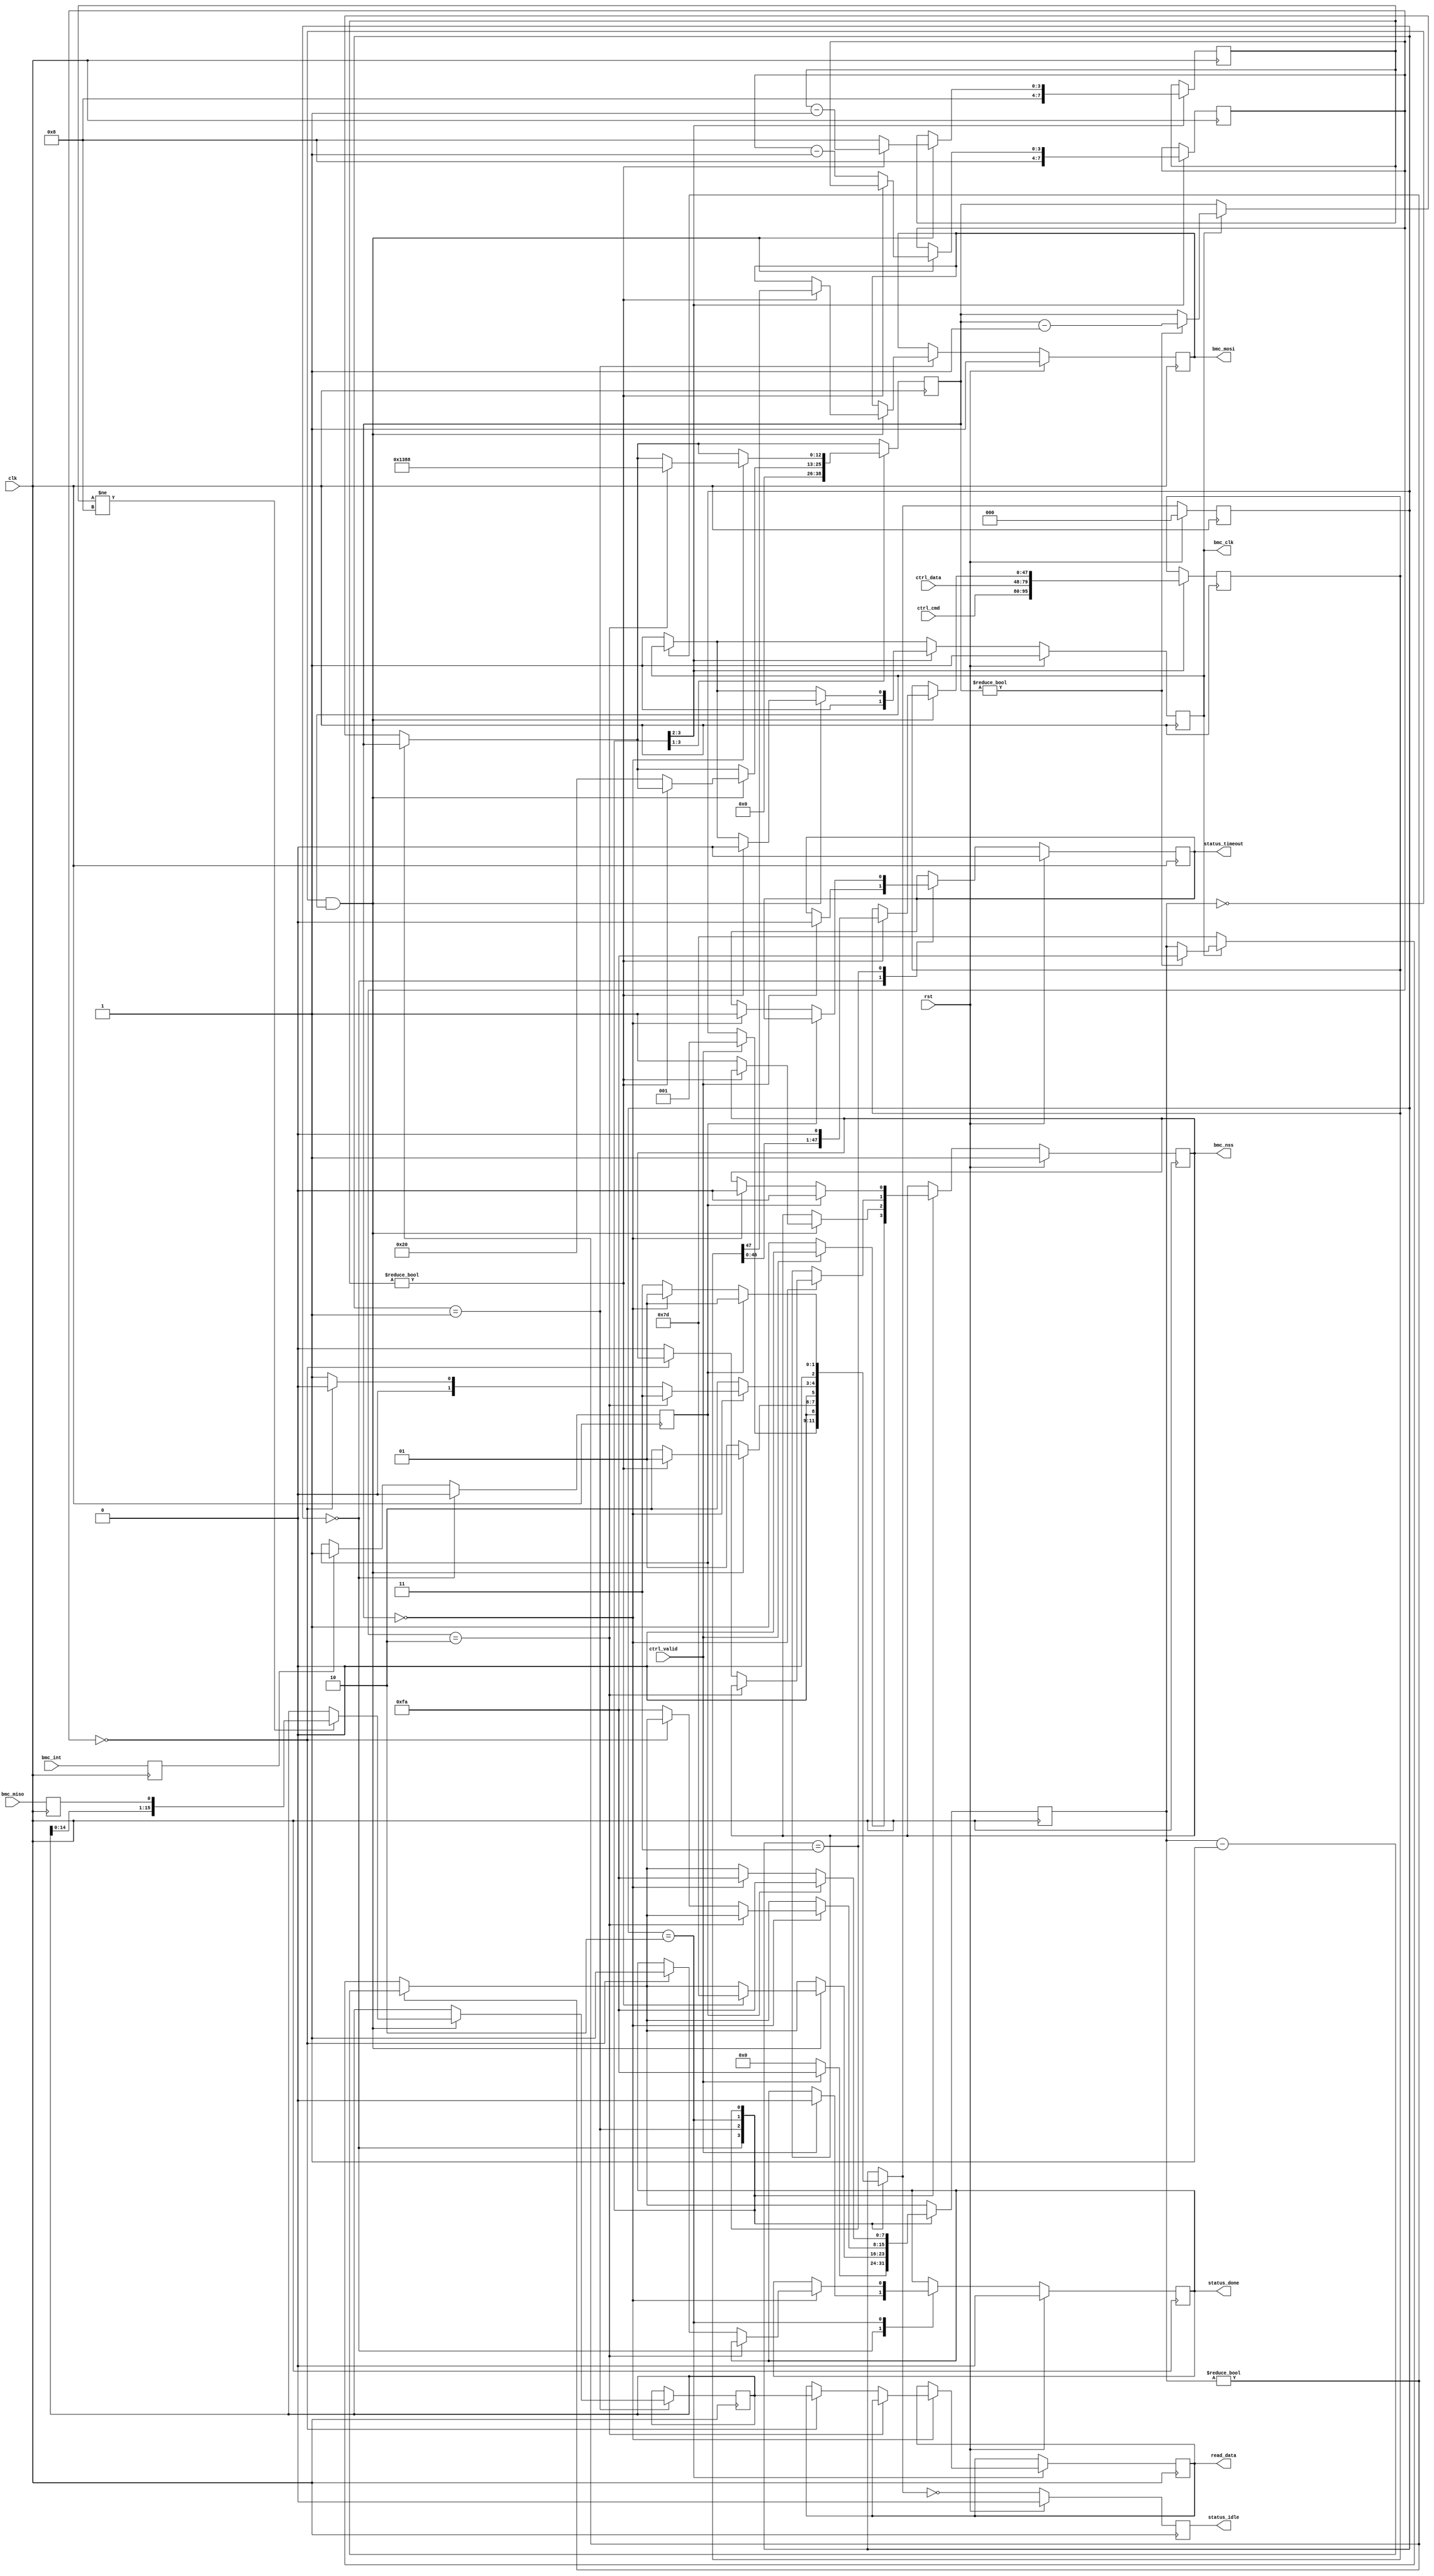
/*

Copyright 2021, The Regents of the University of California.
All rights reserved.

Redistribution and use in source and binary forms, with or without
modification, are permitted provided that the following conditions are met:

   1. Redistributions of source code must retain the above copyright notice,
      this list of conditions and the following disclaimer.

   2. Redistributions in binary form must reproduce the above copyright notice,
      this list of conditions and the following disclaimer in the documentation
      and/or other materials provided with the distribution.

THIS SOFTWARE IS PROVIDED BY THE REGENTS OF THE UNIVERSITY OF CALIFORNIA ''AS
IS'' AND ANY EXPRESS OR IMPLIED WARRANTIES, INCLUDING, BUT NOT LIMITED TO, THE
IMPLIED WARRANTIES OF MERCHANTABILITY AND FITNESS FOR A PARTICULAR PURPOSE ARE
DISCLAIMED. IN NO EVENT SHALL THE REGENTS OF THE UNIVERSITY OF CALIFORNIA OR
CONTRIBUTORS BE LIABLE FOR ANY DIRECT, INDIRECT, INCIDENTAL, SPECIAL,
EXEMPLARY, OR CONSEQUENTIAL DAMAGES (INCLUDING, BUT NOT LIMITED TO, PROCUREMENT
OF SUBSTITUTE GOODS OR SERVICES; LOSS OF USE, DATA, OR PROFITS; OR BUSINESS
INTERRUPTION) HOWEVER CAUSED AND ON ANY THEORY OF LIABILITY, WHETHER IN
CONTRACT, STRICT LIABILITY, OR TORT (INCLUDING NEGLIGENCE OR OTHERWISE) ARISING
IN ANY WAY OUT OF THE USE OF THIS SOFTWARE, EVEN IF ADVISED OF THE POSSIBILITY
OF SUCH DAMAGE.

The views and conclusions contained in the software and documentation are those
of the authors and should not be interpreted as representing official policies,
either expressed or implied, of The Regents of the University of California.

*/

// Language: Verilog 2001

`timescale 1ns / 1ps

/*
 * Board management controller interface
 */
module bmc_spi #(
    // clock prescale (SPI clock half period in cycles of clk)
    parameter PRESCALE = 125,
    // byte wait time (SPI clock cycles)
    parameter BYTE_WAIT = 32,
    // timeout (SPI clock cycles)
    parameter TIMEOUT = 5000
)
(
    input  wire        clk,
    input  wire        rst,

    input  wire [15:0] ctrl_cmd,
    input  wire [31:0] ctrl_data,
    input  wire        ctrl_valid,

    output wire [15:0] read_data,

    output wire        status_idle,
    output wire        status_done,
    output wire        status_timeout,

    output wire        bmc_clk,
    output wire        bmc_nss,
    output wire        bmc_mosi,
    input  wire        bmc_miso,
    input  wire        bmc_int
);

localparam CL_PRESCALE = $clog2(PRESCALE+1);
localparam CL_DELAY = $clog2((BYTE_WAIT > TIMEOUT ? BYTE_WAIT : TIMEOUT)+1);

/*

SPI protocol:

8 byte transfer, MSB first

2 byte command
4 byte data
wait for int
2 byte read data

nss deasserted between each byte
wait 32 SPI cycle times between bytes
wait up to 5 ms for int assert from bmc

*/

localparam [2:0]
    STATE_IDLE = 3'd0,
    STATE_SHIFT = 3'd1,
    STATE_WAIT_BYTE = 3'd2,
    STATE_WAIT_INT = 3'd3;

reg [2:0] state_reg = STATE_IDLE, state_next;

reg [15:0] read_data_reg = 15'd0, read_data_next;

reg status_idle_reg = 1'b0;
reg status_done_reg = 1'b0, status_done_next;
reg status_timeout_reg = 1'b0, status_timeout_next;

reg bmc_clk_reg = 1'b1, bmc_clk_next;
reg bmc_nss_reg = 1'b1, bmc_nss_next;
reg bmc_mosi_reg = 1'b1, bmc_mosi_next;
reg bmc_miso_reg = 1'b1;
reg bmc_int_reg = 1'b0;

reg [CL_PRESCALE+1-1:0] prescale_count_reg = 0, prescale_count_next;
reg [CL_DELAY-1:0] delay_count_reg = 0, delay_count_next;
reg [3:0] bit_count_reg = 0, bit_count_next;
reg [3:0] byte_count_reg = 0, byte_count_next;
reg [47:0] data_out_reg = 0, data_out_next;
reg [15:0] data_in_reg = 0, data_in_next;
reg int_reg = 0, int_next;

assign read_data = read_data_reg;

assign status_idle = status_idle_reg;
assign status_done = status_done_reg;
assign status_timeout = status_timeout_reg;

assign bmc_clk = bmc_clk_reg;
assign bmc_nss = bmc_nss_reg;
assign bmc_mosi = bmc_mosi_reg;

always @* begin
    state_next = state_reg;

    read_data_next = read_data_reg;

    status_done_next = status_done_reg;
    status_timeout_next = status_timeout_reg;

    bmc_clk_next = bmc_clk_reg;
    bmc_nss_next = bmc_nss_reg;
    bmc_mosi_next = bmc_mosi_reg;

    prescale_count_next = prescale_count_reg;
    delay_count_next = delay_count_reg;
    bit_count_next = bit_count_reg;
    byte_count_next = byte_count_reg;
    data_out_next = data_out_reg;
    data_in_next = data_in_reg;
    int_next = int_reg;

    if (prescale_count_reg != 0) begin
        prescale_count_next = prescale_count_reg - 1;
    end else if (bmc_clk_reg == 1'b0) begin
        bmc_clk_next = 1'b1;
        prescale_count_next = PRESCALE;
    end else if (delay_count_reg != 0) begin
        delay_count_next = delay_count_reg - 1;
        prescale_count_next = PRESCALE*2;
    end

    if (bmc_int_reg) begin
        int_next = 1'b1;
    end

    case (state_reg)
        STATE_IDLE: begin
            bmc_clk_next = 1'b1;
            bmc_nss_next = 1'b1;

            prescale_count_next = 0;
            delay_count_next = 0;
            bit_count_next = 8;
            byte_count_next = 8;
            data_out_next = {ctrl_cmd, ctrl_data};
            int_next = 1'b0;

            if (ctrl_valid) begin
                status_done_next = 1'b0;
                status_timeout_next = 1'b0;
                bmc_nss_next = 1'b0;
                prescale_count_next = PRESCALE*2;
                state_next = STATE_SHIFT;
            end
        end
        STATE_SHIFT: begin
            if (prescale_count_reg == 0 && bmc_clk_reg) begin
                if (bit_count_reg != 8) begin
                    // shift in bit
                    data_in_next = {data_in_reg, bmc_miso_reg};
                end

                if (bit_count_reg != 0) begin
                    // more bits to send; send the next bit
                    bmc_clk_next = 1'b0;
                    prescale_count_next = PRESCALE;
                    bit_count_next = bit_count_reg - 1;
                    {bmc_mosi_next, data_out_next} = {data_out_reg, 1'b0};
                    state_next = STATE_SHIFT;
                end else begin
                    // at the end of the byte; small delay
                    bmc_nss_next = 1'b1;
                    delay_count_next = BYTE_WAIT;
                    bit_count_next = 8;
                    byte_count_next = byte_count_reg - 1;
                    state_next = STATE_WAIT_BYTE;
                end
            end else begin
                state_next = STATE_SHIFT;
            end
        end
        STATE_WAIT_BYTE: begin
            // byte wait state; wait for delay timer
            if (delay_count_reg == 0) begin
                if (byte_count_reg == 2) begin
                    // command sent; wait for int from BMC
                    delay_count_next = TIMEOUT;
                    state_next = STATE_WAIT_INT;
                end else if (byte_count_reg == 0) begin
                    // done with operation; return to idle
                    read_data_next = data_in_reg;
                    status_done_next = 1'b1;
                    state_next = STATE_IDLE;
                end else begin
                    // not at end of command; send next byte
                    bmc_nss_next = 1'b0;
                    prescale_count_next = PRESCALE*2;
                    state_next = STATE_SHIFT;
                end
            end else begin
                state_next = STATE_WAIT_BYTE;
            end
        end
        STATE_WAIT_INT: begin
            // wait for int from BMC
            if (int_reg) begin
                // got int, go back to shift state
                bmc_nss_next = 1'b0;
                prescale_count_next = PRESCALE*2;
                state_next = STATE_SHIFT;
            end else if (delay_count_reg == 0) begin
                // timed out waiting for BMC
                status_timeout_next = 1'b1;
                bmc_nss_next = 1'b0;
                prescale_count_next = PRESCALE*2;
                state_next = STATE_SHIFT;
            end else begin
                state_next = STATE_WAIT_INT;
            end
        end
    endcase
end

always @(posedge clk) begin
    state_reg <= state_next;

    read_data_reg <= read_data_next;

    status_idle_reg <= state_next == STATE_IDLE;
    status_done_reg <= status_done_next;
    status_timeout_reg <= status_timeout_next;

    bmc_clk_reg <= bmc_clk_next;
    bmc_nss_reg <= bmc_nss_next;
    bmc_mosi_reg <= bmc_mosi_next;
    bmc_miso_reg <= bmc_miso;
    bmc_int_reg <= bmc_int;

    prescale_count_reg <= prescale_count_next;
    delay_count_reg <= delay_count_next;
    bit_count_reg <= bit_count_next;
    byte_count_reg <= byte_count_next;
    data_out_reg <= data_out_next;
    data_in_reg <= data_in_next;
    int_reg <= int_next;

    if (rst) begin
        state_reg <= STATE_IDLE;

        status_idle_reg <= 1'b0;
        status_done_reg <= 1'b0;
        status_timeout_reg <= 1'b0;

        bmc_clk_reg <= 1'b1;
        bmc_nss_reg <= 1'b1;
        bmc_mosi_reg <= 1'b1;
    end
end

endmodule